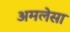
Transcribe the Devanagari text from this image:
अमलेसा